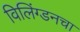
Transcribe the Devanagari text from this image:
विलिंग्डनचा